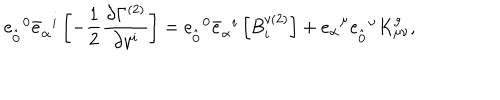
{ e } _ { \hat { 0 } } ^ { \; \; 0 } { \bar { e } } _ { \alpha } ^ { \; \; i } \left[ - \frac { 1 } { 2 } \frac { \partial \Gamma ^ { ( 2 ) } } { \partial v ^ { i } } \right] = { e } _ { \hat { 0 } } ^ { \; \; 0 } { \bar { e } } _ { \alpha } ^ { \; \; i } \left[ B _ { i } ^ { v ( 2 ) } \right] + { e } _ { \alpha } ^ { \; \; \mu } { e } _ { \hat { 0 } } ^ { \; \; \nu } K _ { \mu \nu } ^ { g } ,